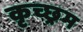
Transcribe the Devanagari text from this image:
कृच्छ्रम